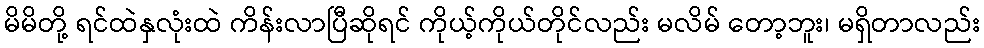
မိမိတို့ ရင်ထဲနှလုံးထဲ ကိန်းလာပြီဆိုရင် ကိုယ့်ကိုယ်တိုင်လည်း မလိမ် တော့ဘူး၊ မရှိတာလည်း